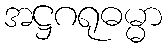
အဋ္ဌဂရုဓမ္မာ